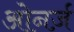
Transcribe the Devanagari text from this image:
ओनर्ज़